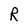
Character: R